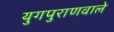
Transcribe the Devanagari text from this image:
युगपुराणवाले